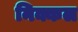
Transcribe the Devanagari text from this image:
निक्कल